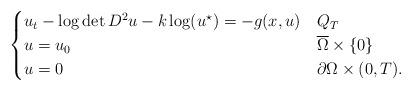
LaTeX: \begin{align*}\begin{cases}u_t-\log\det D^2u-k\log (u^{\star}) = -g(x, u) &Q_T\\u = u_0 & \overline\Omega\times \{0\} \\u = 0 &\partial \Omega\times (0, T). \end{cases}\end{align*}